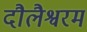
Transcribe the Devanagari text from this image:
दौलैश्वरम